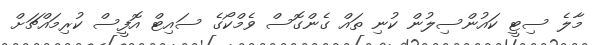
މާލެ ސިޓީ ކައުންސިލުން ކުނި ތައް ގެންގޮސް ވެމްކޯގެ ސައިޓް އޮފީސް ކުރިމައްޗަށް